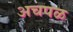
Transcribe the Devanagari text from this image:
अचपळ